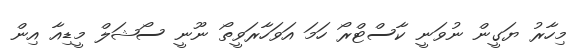
މިހާރު ޔަގީން ނުވަނީ ކާސްޓްރޯ ހަމަ އަވަހާރަވީތޯ ނޫނީ ސޯޝަލް މީޑިއާ އިން